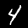
Label: 4